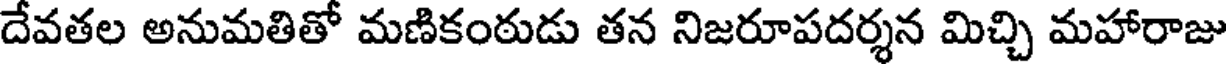
దేవతల అనుమతితో మణికంఠుడు తన నిజరూపదర్శన మిచ్చి మహారాజు